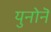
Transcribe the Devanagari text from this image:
युनोनॆ